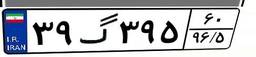
۳۹گ۳۹۵۶۰